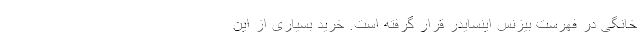
خانگی در فهرست بیزنس اینسایدر قرار گرفته است. خرید بسیاری از این